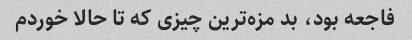
فاجعه بود، بد مزه‌ترین چیزی که تا حالا خوردم